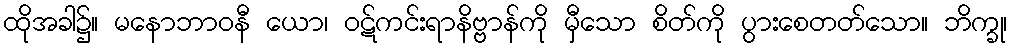
ထိုအခါ၌။ မနောဘာဝနီ ယော၊ ဝဋ်ကင်းရာနိဗ္ဗာန်ကို မှီသော စိတ်ကို ပွားစေတတ်သော။ ဘိက္ခု၊